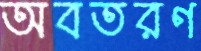
অবতরণ